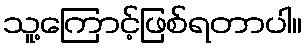
သူ့ကြောင့်ဖြစ်ရတာပါ။